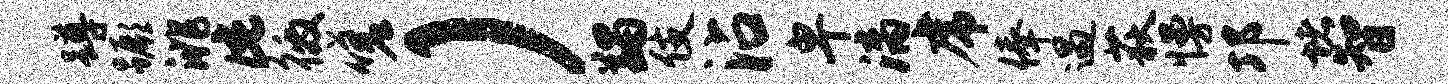
蹲蹶洮此徼嗟）蠲伎沾卑漓虎俸遇荻慢邛堵智